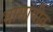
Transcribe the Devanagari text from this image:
भासावीत